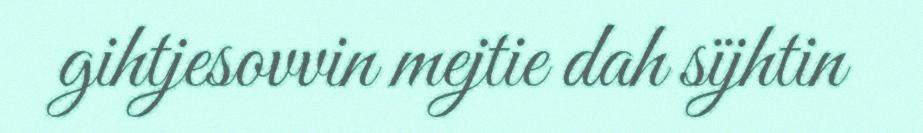
gihtjesovvin mejtie dah sïjhtin